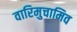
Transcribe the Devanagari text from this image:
वारिमुचामिव